Lunatic asylums Madras 1892-1911 - 1892-1911
Year: 1892
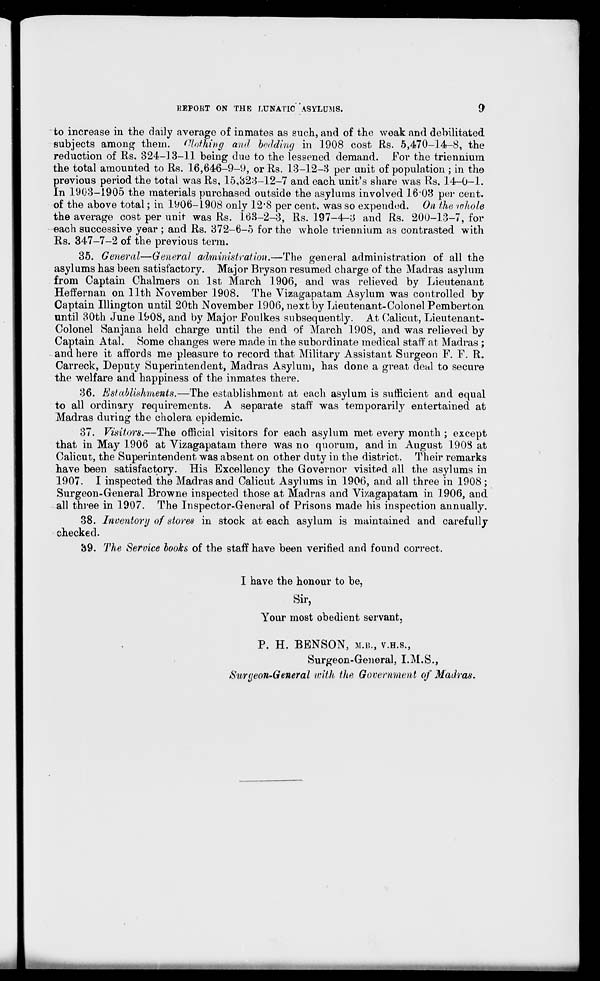
HEPORT ON THE LUNATIC ASYLUMS.
9
to increase in the daily average of inmates as such, and of the weak and debilitated
subjects among them. Clothing and bedding in 1908 cost Rs. 5,470-14-8, the
reduction of Rs. 324-13-11 being due to the lessened demand. For the triennium
the total amounted to Rs. 16,646-9-9, or Rs. 13-12-3 per unit of population ; in the
previous period the total was Rs, 15,323-12-7 and each unit's share was Rs. 14-0-1.
In 1903-1905 the materials purchased outside the asylums involved 16'08 per cent.
of the above total; in 1906-1908 only 12*8 per cent, was so expended. On the whole
the average cost per unit was Rs. 163-2-3, Rs. 197-4-3 and Rs. 200-13-7, for
each successive year; and Rs. 372-6-5 for the whole triennium as contrasted with
Rs. 347-7-2 of the previous term.
35. General—General administration.—The general administration of all the
asylums has been satisfactory. Major Bryson resumed charge of the Madras asylum
from Captain Chalmers on 1st March 1906, and was relieved by Lieutenant
Heffernan on 11th November 1908. The Vizagapatam Asylum was controlled by
Captain Illington until 20th November 1906, next by Lieu tenant-Colon el Pemberton
until 30th June 1908, and by Major Foulkes subsequently. At Calicut, Lieutenant-
Colonel Sanjana held charge until the end of March 1908, and was relieved by
Captain Atal. Some changes were made in the subordinate medical staff at Madras ;
and here it affords me pleasure to record that Military Assistant Surgeon F. F. R.
Carreck, Deputy Superintendent, Madras Asylum, has done a great deal to secure
the welfare and happiness of the inmates there.
36. Establishments.—The establishment at each asylum is sufficient and equal
to all ordinary requirements. A separate staff was temporarily entertained at
Madras during the cholera epidemic.
37. Visitors.—The official visitors for each asylum met every month ; except
that in May 1906 at Vizagapatam there was no quorum, and in August 1908 at
Calicut, the Superintendent was absent on other duty in the district. Their remarks
have been satisfactory. His Excellency the Governor visited all the asylums in
1907. I inspected the Madras and Calicut Asylums in 1906, and all three in 1908 ;
Surgeon-General Browne inspected those at Madras and Vizagapatam in 1906, and
all three in 1907. The Inspector-General of Prisons made his inspection annually.
38. Inventory of stores in stock at each asylum is maintained and carefully
checked.
'69. The Service books of the staff have been verified and found correct.
I have the honour to be,
Sir,
Your most obedient servant,
P. H. BENSON, M.B., V.H.S.,
Surgeon-General, I.M.S.,
Surgeon-General with the Government of Madras.